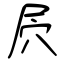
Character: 屄